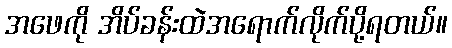
အဖေကို အိပ်ခန်းထဲအရောက်လိုက်ပို့ရတယ်။